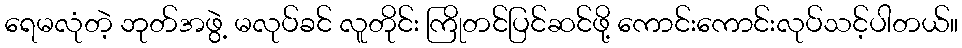
ရေမလုံတဲ့ ဘုတ်အဖွဲ့ မလုပ်ခင် လူတိုင်း ကြိုတင်ပြင်ဆင်ဖို့ ကောင်းကောင်းလုပ်သင့်ပါတယ်။